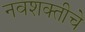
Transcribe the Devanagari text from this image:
नवशक्तीचे